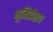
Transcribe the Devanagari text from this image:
भूमिप्रोक्षण